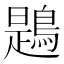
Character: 鶗